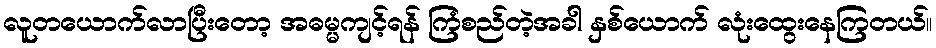
လူတယောက်လာပြီးတော့ အဓမ္မကျင့်ရန် ကြံစည်တဲ့အခါ နှစ်ယောက် လုံးထွေးနေကြတယ်။